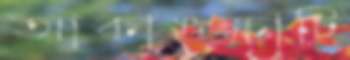
আকাঙক্ষাটি